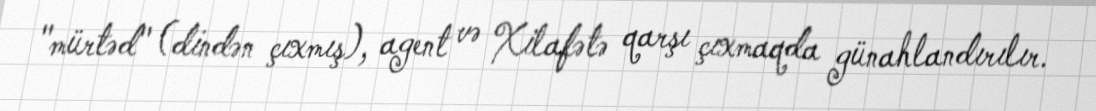
"mürtəd" (dindən çıxmış), agent və Xilafətə qarşı çıxmaqda günahlandırılır.